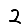
Digit: 2